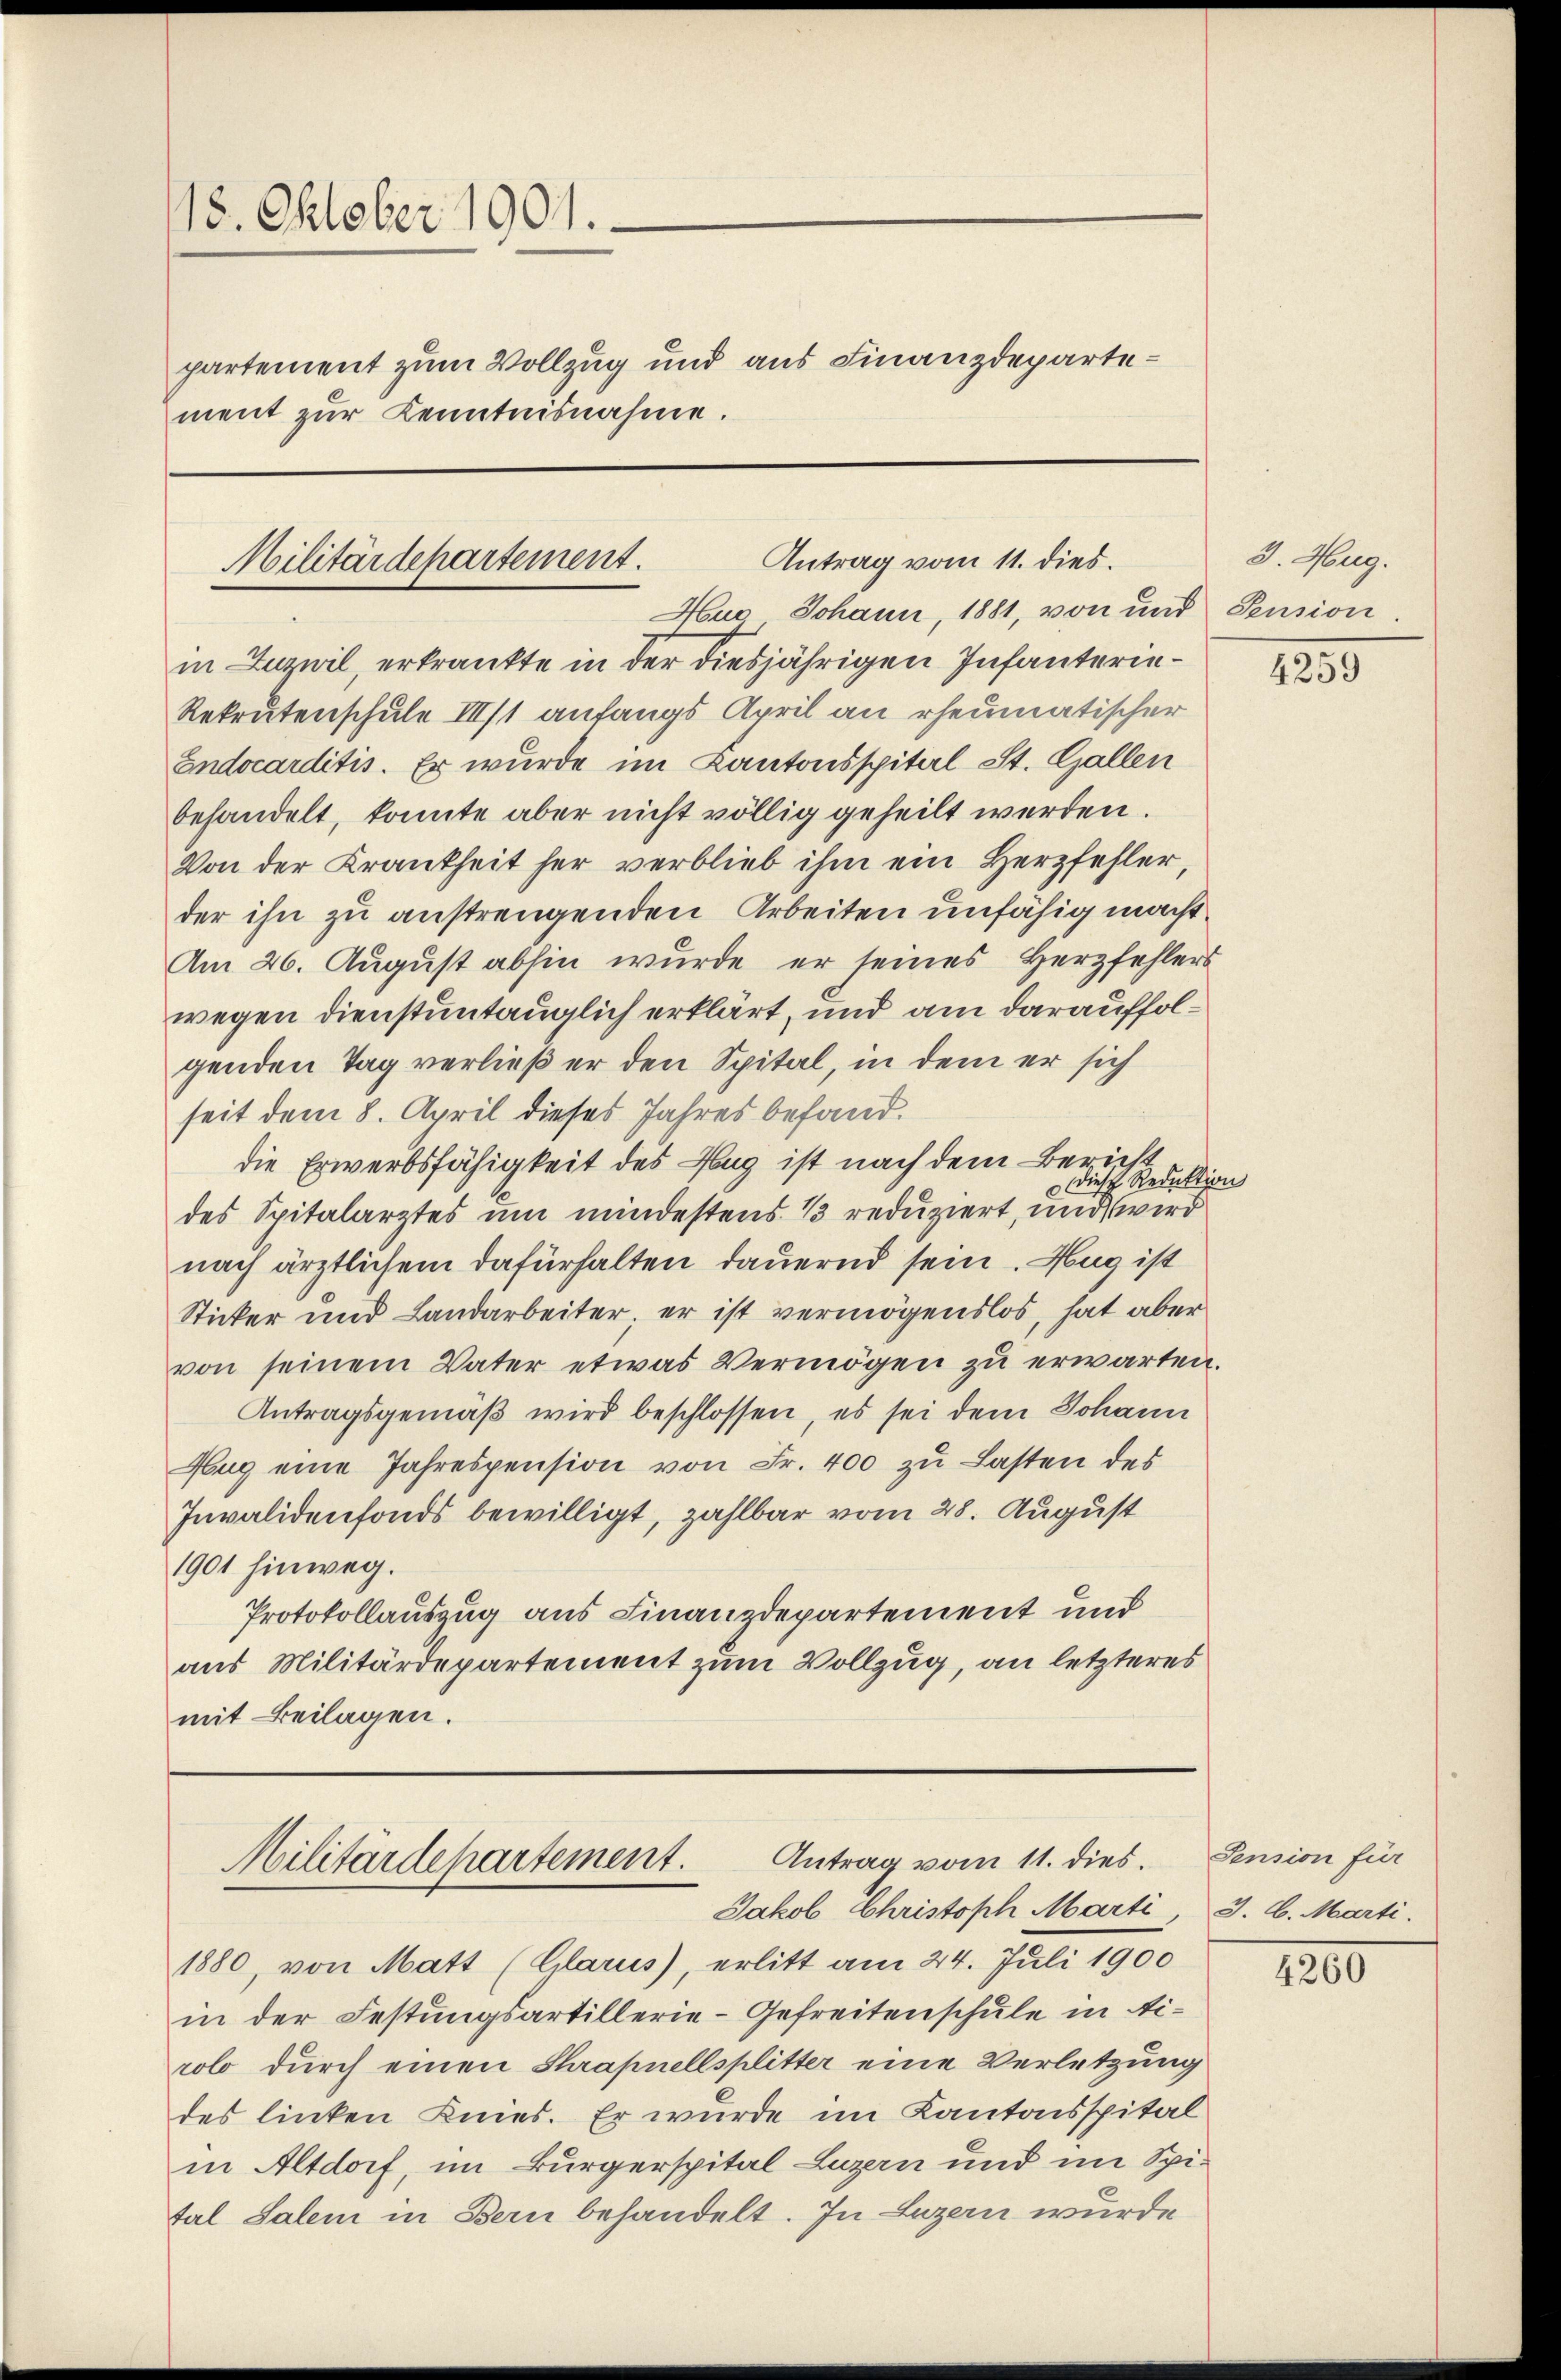
18. Oktober 1901.
partement zum Vollzug und aus Finanzdepartement zur Kenntnisnahme.

Antrag vom 11. dies.
Militärdepartement.

Hug, Johann, 1881, von und Pension.
in Luzwil, erkränkte in der diesjährigen Infanterie¬
Rekrutenschule III/1 anfangs April an rheumatischer
Endocarditis. Er wurde im Kantonsspital- St. Gallen
behandelt, konnte aber nicht völlig geheilt werden.
Von der Krankheit her verblieb ihm ein Herzfehler,
der ihn zu anstrengenden Arbeiten unfähig macht
Am 26. August abhin wurde er seines Herzfehlers
wegen dienstuntauglich erklärt, und am darauffolgenden Tag verließ er den Spital, in dem er sich
seit dem 8. April dieses Jahres befand.
die Erwerbsfähigkeit des Hag ist nach dem Bericht
Diese Reduktion
des Spitalarztes um mindestens 13 reduziert, und wird
nach ärztlichem dafürhalten dauernd sein. Hag ist
Sticker und Landarbeiter, er ist vermögenslos, hat aber
von seinem Vater etwas Vermögen zu erwarten.
Antragsgemäβ wird beschlossen, es sei dem Johann
Aug eine Jahrespension von Fr. 400 zu Lasten des
Invalidenfonds bewilligt, zahlbar vom 28. August
1901 hinweg.
Protokollauszug aus Finanzdepartement und
aus Militärdepartement zum Vollzug, an letzteres
mit Beilagen.

Antrag vom 11. dies.
Militärdepartement.
Jakob Christoph Marti, 3. 6. Marti.

1880, von Matt (Glarus), erlitt am 24. Juli 1900
in der Festungsartillerie-Gefreitenschule in Airolo durch einen Shrapnellsplitter eine Verletzung
des linken Knies. Er wurde im Kantonsspital
in Altdorf, im Bürgerspital Luzern und im Spi-
tal Salem in Bern behandelt. In Luzern wurde

3. Aug.

4259

Pension für

4260